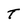
Character: t